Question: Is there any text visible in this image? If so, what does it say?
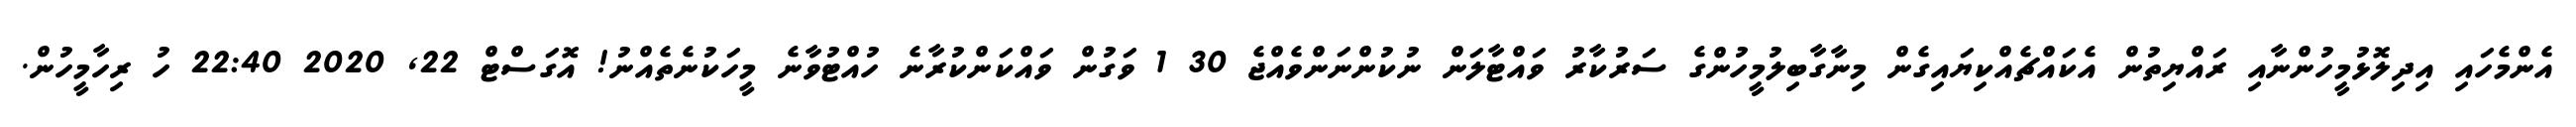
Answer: އެންމެހައި އިދިލޮޅުމީހުންނާއި ރައްޔިތުން އެކައްޗެއްކިޔައިގެން މިނާގާބިލުމީހުންގެ ސަރުކާރު ވައްޓާލަން ނުކުންނަންވެއްޖެ 30 1 ވަގުން ވައްކަންކުރާނެ ހުއްޓުވާނެ މީހަކުނެތެއްނު! އޮގަސްޓް 22, 2020 22:40 ހު ރިހާމީހުން.